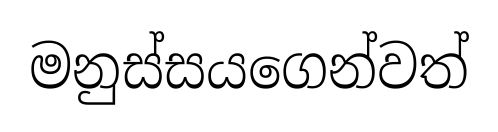
මනුස්සයගෙන්වත්